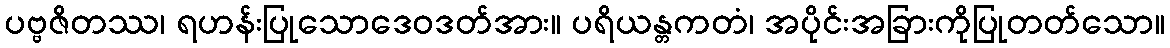
ပဗ္ဗဇိတဿ၊ ရဟန်းပြုသောဒေဝဒတ်အား။ ပရိယန္တကတံ၊ အပိုင်းအခြားကိုပြုတတ်သော။